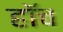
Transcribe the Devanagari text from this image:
हाॅच